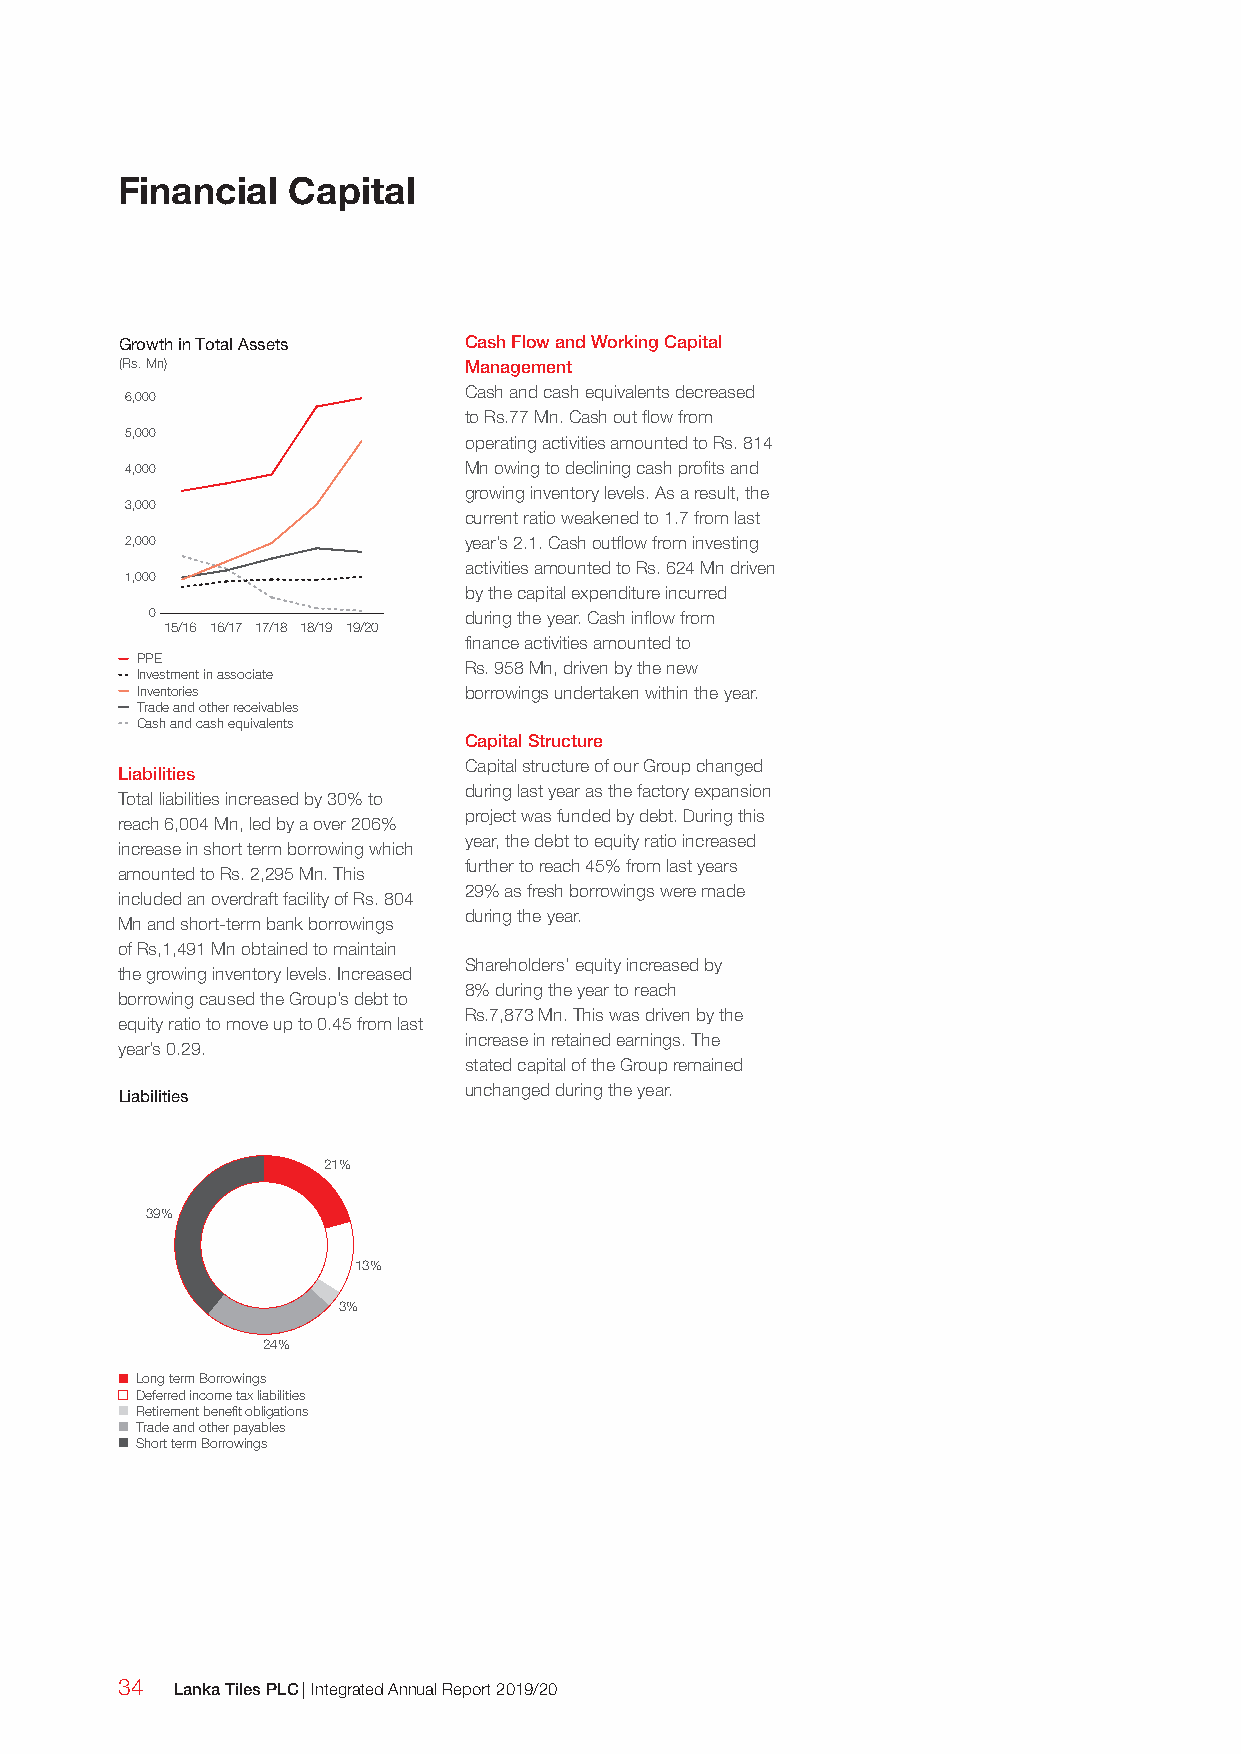
Financial  Capital
 Growth in Total Assets Cash Flow and Working Capital
 (Rs. Mn)               Management
 Cash and cash equivalents decreased
 6,000
 to Rs.77 Mn. Cash out flow from
 5,000
 operating activities amounted to Rs. 814
 4,000                  Mn owing to declining cash profits and
 growing inventory levels. As a result, the
 3,000
 current ratio weakened to 1.7 from last
 2,000                  year’s 2.1. Cash outflow from investing
 activities amounted to Rs. 624 Mn driven
 1,000
 by the capital expenditure incurred
 0                    during the year. Cash inflow from
 15/16 16/17 17/18 18/19 19/20
 finance activities amounted to
 PPE
 Rs. 958 Mn, driven by the new
 Investment in associate
 Inventories           borrowings undertaken within the year.
 Trade and other receivables
 Cash and cash equivalents
 Capital Structure
 Capital structure of our Group changed
 Liabilities
 during last year as the factory expansion
 Total liabilities increased by 30% to
 project was funded by debt. During this
 reach 6,004 Mn, led by a over 206%
 year, the debt to equity ratio increased
 increase in short term borrowing which
 further to reach 45% from last years
 amounted to Rs. 2,295 Mn. This
 29% as fresh borrowings were made
 included an overdraft facility of Rs. 804
 during the year.
 Mn and short-term bank borrowings
 of Rs,1,491 Mn obtained to maintain
 Shareholders’ equity increased by
 the growing inventory levels. Increased
 8% during the year to reach
 borrowing caused the Group’s debt to
 Rs.7,873 Mn. This was driven by the
 equity ratio to move up to 0.45 from last
 increase in retained earnings. The
 year’s 0.29.
 stated capital of the Group remained
 unchanged during the year.
 Liabilities
 21%
 39%
 13%
 3%
 24%
 Long term Borrowings
 Deferred income tax liabilities
 Retirement benefit obligations
 Trade and other payables
 Short term Borrowings
 34  Lanka Tiles PLC | Integrated Annual Report 2019/20